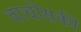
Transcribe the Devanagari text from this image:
वाचोसकी